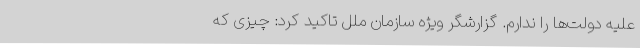
علیه دولت‌ها را ندارم. گزارشگر ویژه سازمان ملل تاکید کرد: چیزی که